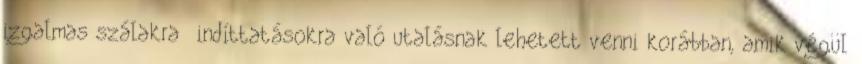
izgalmas szálakra indíttatásokra való utalásnak lehetett venni korábban, amik végül